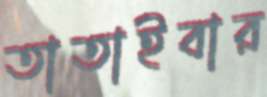
তাতাইবার